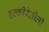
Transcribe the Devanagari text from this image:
हल्‍कीरेतीली